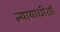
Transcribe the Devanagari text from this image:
न्यायाधीशॉ